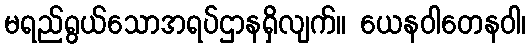
မရည်ရွယ်သောအရပ်ဌာနရှိလျက်။ ယေနဝါတေနဝါ၊